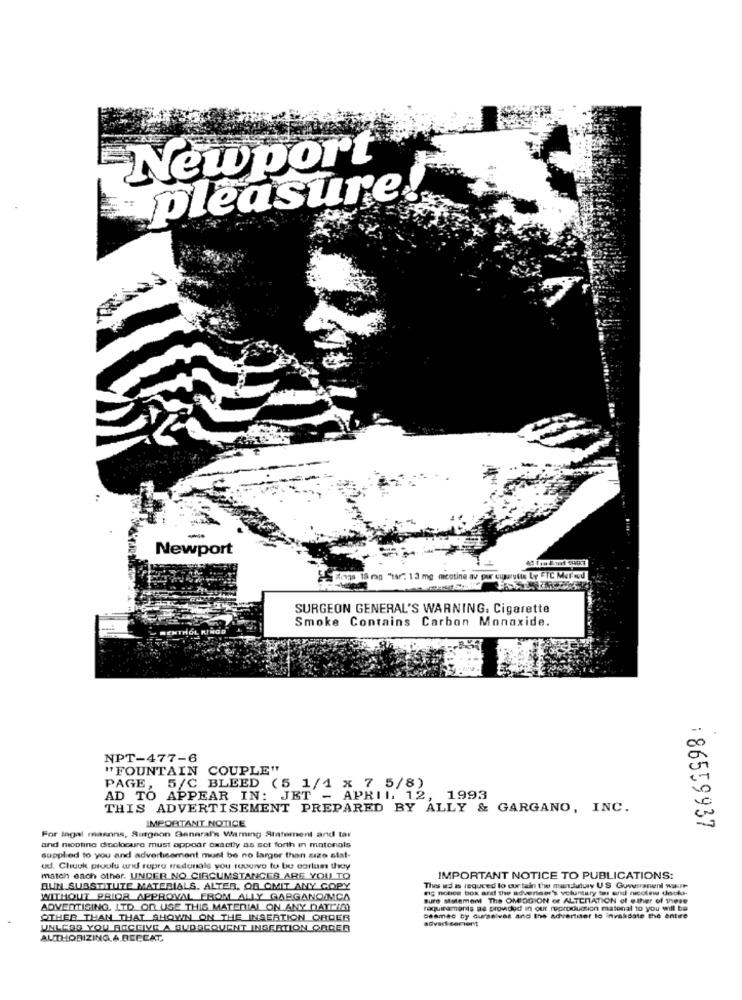
Newport
pleasure
-
Newport
wings 18 rn "t" 13 mg mcotine av por cuparutix Ly ETC Mer rod
SURGEON GENERAL'S WARNING. Cigarette
Smoke Contains Carbon Monoxide.
NPT-477-6
"FOUNTAIN COUPLE"
PAGE, 5/C BLEED (5 1/1 x 7 5/8)
AD TO APPEAR IN: JET - APRIL 12, 1993
THIS ADVERTISEMENT PREPARED BY ALLY & GARGANO, INC.
IMPORTANT NOTICE
: 86559937
For ingal mannna, Surgeon General's Warning Statement and tar
and nicotine doolocure must appear exactly as set forth in matenals
supplied to you and advertisement must be no larger than cize stat-
ud. Chuuk pruolu and rupre irdunale you tuuurve to be cortun thay
match each other. UNDER NO CIRCUMSTANCES ARE YOU TO
IMPORTANT NOTICE TO PUBLICATIONS:
DUN SUBSTITUTE MATERIALS. ALTER. OD OMIT ANY COPY
Thes ud as requeed lo contain the mandulury US Guwiranend war
WITHOUT PRIOR APPROVAL FROM ALLY GARGANOIMCA
mig notice box and the advertser's voluntary tor und nicotine druks.
sure MMtement The OMIDGION of ALTERATION of ether of these
ADVERTISING, LTD OR USE THIS MATERIAL ON ANY DATEI)
requirements as provided in out reproduction matonal to you will be
OTHER THAN THAT SHOWN ON THE INSERTION ORDER
beamac by ourselves and the advertiser to invasdate the entire
advertisement
UNLESS YOU RECEIVE A AUDACQUENT INSERTION ORDER
AUTHORIZING.A.BECCAT,